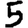
Digit: 5